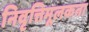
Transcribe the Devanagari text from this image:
निवृत्तिमूलकता